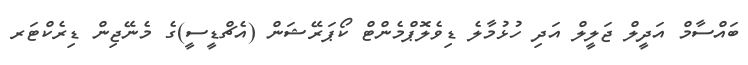
ބައްސާމް އަދީލް ޖަލީލް އަދި ހުޅުމާލެ ޑިވެލޮޕްމެންޓް ކޯޕަރޭޝަން (އެޗްޑީސީ)ގެ މެނޭޖިން ޑިރެކްޓަރ